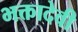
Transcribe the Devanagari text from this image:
भक्तादेवी